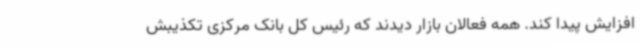
افزایش پیدا کند. همه فعالان بازار دیدند که رئیس کل بانک مرکزی تکذیبش